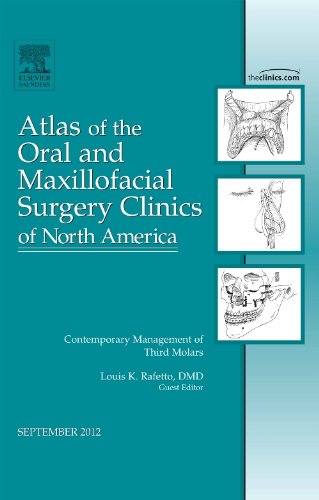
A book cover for Atlas of the Oral and Maxillofacial Surgery Clinics of North America: Contemporary Management of Third Molars; Medical Books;